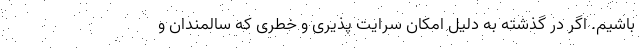
باشیم. اگر در گذشته به دلیل امکان سرایت پذیری و خطری که سالمندان و